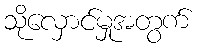
သိုလှောင်မှုအတွက်